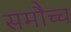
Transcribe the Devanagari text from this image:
समौच्च